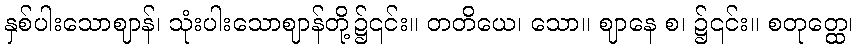
နှစ်ပါးသောဈာန်၊ သုံးပါးသောဈာန်တို့၌၎င်း။ တတိယေ၊ သော။ ဈာနေ စ၊ ၌၎င်း။ စတုတ္ထေ၊